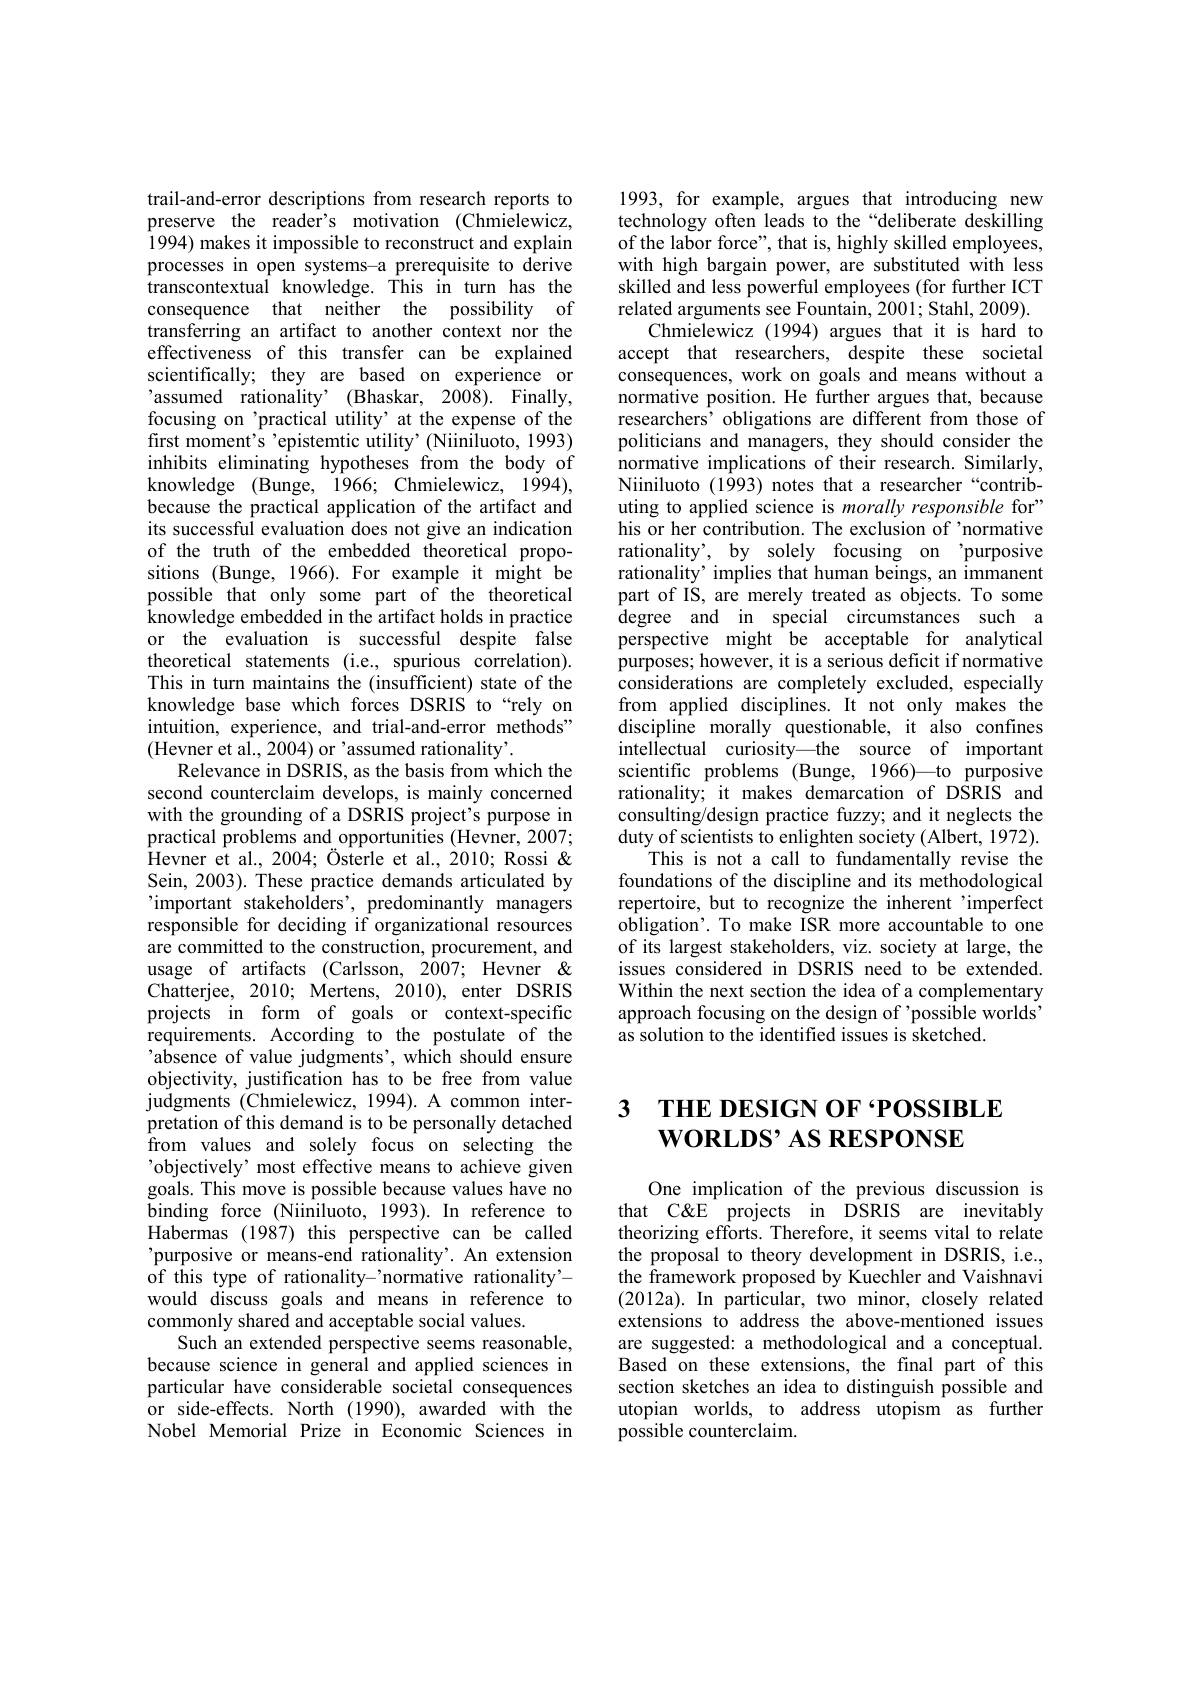
trail-and-error descriptions from research reports to preserve the reader's motivation (Chmielewicz, 1994) makes it impossible to reconstruct and explain processes in open systems-a prerequisite to derive transcontextual knowledge. This in turn has the consequence that neither the possibility of transferring an artifact to another context nor the effectiveness of this transfer can be explained scientifically; they are based on experience or 'assumed rationality' (Bhaskar, 2008). Finally, focusing on'practical utility' at the expense of the first moment's 'epistemtic utility' (Niiniluoto, 1993) inhibits eliminating hypotheses from the body of knowledge (Bunge, 1966; Chmielewicz, 1994), because the practical application of the artifact and its successful evaluation does not give an indication of the truth of the embedded theoretical propositions (Bunge, 1966).For example it might be possible that only some part of the theoretical $\dot{\text{knowledge embedded in the artifact holds in practice}}$ or the evaluation is successful despite false theoretical statements (i.e., spurious correlation). This in turn maintains the (insufficient) state of the knowledge base which forces DSRIS to“rely on intuition, experience, and trial-and-error methods" (Hevner et al., 2004) or'assumed rationality'.
Relevance in DSRIS, as the basis from which the second counterclaim develops, is mainly concerned with the grounding of a DSRIS project's purpose in practical problems and opportunities (Hevner, 2007; Hevner et al., 2004; Österle et al., 2010; Rossi & Sein, 2003). These practice demands articulated by 'important stakeholders', predominantly managers responsible for deciding if organizational resources are committed to the construction, procurement, and usage of artifacts (Carlsson, 2007; Hevner & Chatterjee, 2010; Mertens, 2010), enter DSRIS projects in form of goals or context-specific requirements. According to the postulate of the 'absence of value judgments', which should ensure objectivity, justification has to be free from value judgments (Chmielewicz,1994).A common interpretation of this demand is to be personally detached from values and solely focus on selecting the 'objectively' most effective means to achieve given goals. This move is possible because values have no binding force (Niiniluoto, 1993).In reference to Habermas (1987) this perspective can be called 'purposive or means-end rationality'. An extension of this type of rationality-'normative rationality'- would discuss goals and means in reference to commonly shared and acceptable social values.
Such an extended perspective seems reasonable, because science in general and applied sciences in particular have considerable societal consequences or side-effects. North (1990), awarded with the Nobel Memorial Prize in Economic Sciences in

1993, for example, argues that introducing new technology often leads to the “deliberate deskilling of the labor force", that is, highly skilled employees, with high bargain power, are substituted with less skilled and less powerful employees (for further ICT related arguments see Fountain, 2001; Stahl, 2009).
Chmielewicz (1994) argues that it is hard to accept that researchers, despite these societal consequences, work on goals and means without a normative position. He further argues that, because researchers’ obligations are different from those of politicians and managers, they should consider the normative implications of their research. Similarly, Niiniluoto (1993) notes that a researcher“contributing to applied science is morally responsible for" his or her contribution. The exclusion of 'normative rationality', by solely focusing on 'purposive rationality’ implies that human beings, an immanent part of IS, are merely treated as objects. To some degree and in special circumstances such a perspective might be acceptable for analytical purposes; however, it is a serious deficit if normative considerations are completely excluded, especially from applied disciplines. It not only makes the discipline morally questionable, it also confines intellectual curiosity—the source of important scientific problems (Bunge, 1966)—to purposive rationality; it makes demarcation of DSRIS and consulting/design practice fuzzy; and it neglects the duty of scientists to enlighten society (Albert, 1972).
This is not a call to fundamentally revise the foundations of the discipline and its methodological repertoire, but to recognize the inherent 'imperfect obligation'. To make ISR more accountable to one of its largest stakeholders, viz. society at large, the issues considered in DSRIS need to be extended. Within the next section the idea of a complementary approach focusing on the design of 'possible worlds' as solution to the identified issues is sketched

# 3 THE DESIGN OF·POSSIBLE $\textbf{WORLDS’ AS RESPONSE}$

One implication of the previous discussion is that C&projects in DSRIS are inevitably theorizing efforts. Therefore, it seems vital to relate the proposal to theory development in DSRIS, i.e., the framework proposed by Kuechler and Vaishnavi (2012a).In particular, two minor, closely related extensions to address the above-mentioned issues are suggested: a methodological and a conceptual. Based on these extensions, the final part of this section sketches an idea to distinguish possible and utopian worlds, to address utopism as further possible counterclaim.